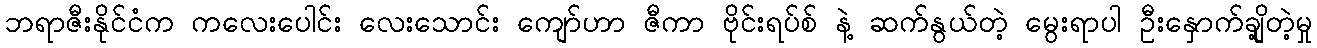
ဘရာဇီးနိုင်ငံက ကလေးပေါင်း လေးသောင်း ကျော်ဟာ ဇီကာ ဗိုင်းရပ်စ် နဲ့ ဆက်နွယ်တဲ့ မွေးရာပါ ဦးနှောက်ချို့တဲ့မှု